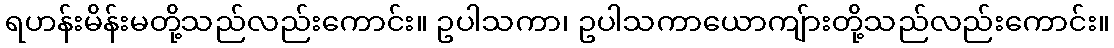
ရဟန်းမိန်းမတို့သည်လည်းကောင်း။ ဥပါသကာ၊ ဥပါသကာယောကျ်ားတို့သည်လည်းကောင်း။